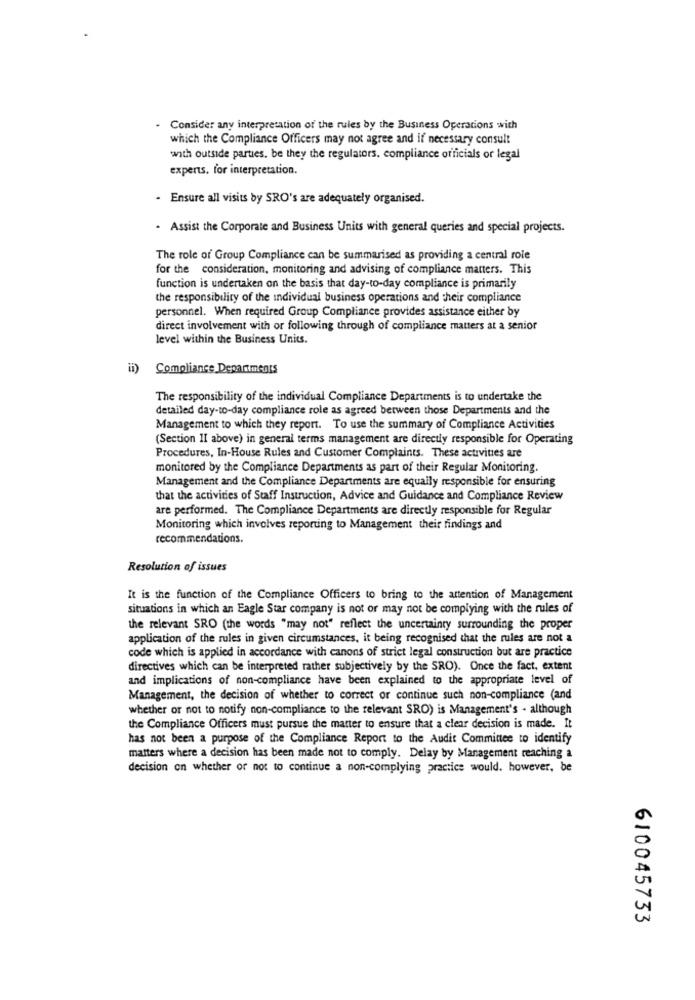
. Consider any interpretation of the rules by the Business Operations with
which the Compliance Officers may not agree and if necessary consult
with outside parties. be they the regulators. compliance officials or legal
experts. for interpretation.
Ensure all visits by SRO's are adequately organised.
. Assist the Corporate and Business Units with general queries and special projects.
The role of Group Compliance can be summarised as providing a central role
for the consideration, monitoring and advising of compliance matters. This
function is undertaken on the basis that day-to-day compliance is primarily
the responsibility of the individual business operations and their compliance
personnel. When required Group Compliance provides assistance either by
direct involvement with or following through of compliance matters at a senior
level within the Business Units.
Compliance Departments
The responsibility of the individual Compliance Departments is to undertake the
detailed day-to-day compliance role as agreed between those Departments and the
Management to which they report. To use the summary of Compliance Activities
(Section II above) in general terms management are directly responsible for Operating
Procedures, In-House Rules and Customer Complaints. These activities are
monitored by the Compliance Departments as part of their Regular Monitoring.
Management and the Compliance Departments are equally responsible for ensuring
that the activities of Staff Instruction, Advice and Guidance and Compliance Review
are performed. The Compliance Departments are directly responsible for Regular
Monitoring which involves reporting to Management their findings and
recommendations.
Resolution of issues
It is the function of the Compliance Officers to bring to the attention of Management
situations in which an Eagle Star company is not or may not be complying with the rules of
the relevant SRO (the words "may not" reflect the uncertainty surrounding the proper
application of the rules in given circumstances, it being recognised that the rules are not a
code which is applied in accordance with canons of strict legal construction but are practice
directives which can be interpreted rather subjectively by the SRO). Once the fact, extent
and implications of non-compliance have been explained to the appropriate level of
Management, the decision of whether to correct or continue such non-compliance (and
whether or not to notify non-compliance to the relevant SRO) is Management's . although
the Compliance Officers must pursue the matter to ensure that a clear decision is made. It
has not been a purpose of the Compliance Report to the Audit Committee to identify
matters where a decision has been made not to comply. Delay by Management reaching a
decision on whether or not to continue a non-complying practice would. however, be
610045733